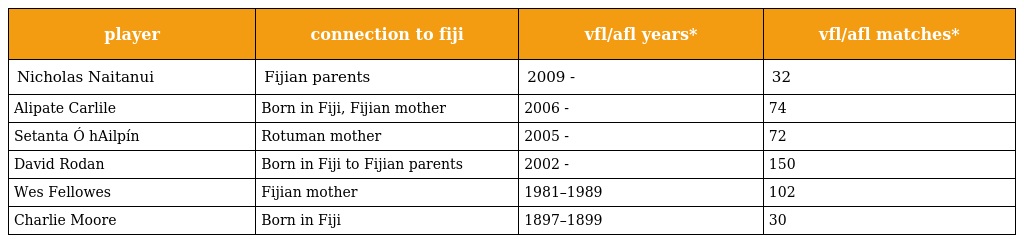
| player | connection to fiji | vfl/afl years* | vfl/afl matches* |
 | --- | --- | --- | --- |
 | Nicholas Naitanui | Fijian parents | 2009 - | 32 |
 | Alipate Carlile | Born in Fiji, Fijian mother | 2006 - | 74 |
 | Setanta Ó hAilpín | Rotuman mother | 2005 - | 72 |
 | David Rodan | Born in Fiji to Fijian parents | 2002 - | 150 |
 | Wes Fellowes | Fijian mother | 1981–1989 | 102 |
 | Charlie Moore | Born in Fiji | 1897–1899 | 30 |